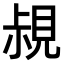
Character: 𧠪